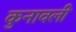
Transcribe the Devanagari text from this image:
कुनावली